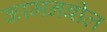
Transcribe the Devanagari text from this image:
कामनबील